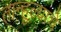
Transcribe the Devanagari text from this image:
तान्हुल्याचे